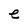
Character: e